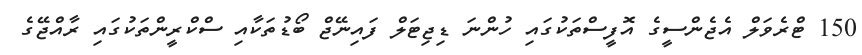
150 ޓްރެވަލް އެޖެންސީގެ އޮފީސްތަކުގައި ހުންނަ ޑިޖިޓަލް ފައިނޭޖް ބޯޑުތަކާއި ސްކްރީންތަކުގައި ރާއްޖޭގެ